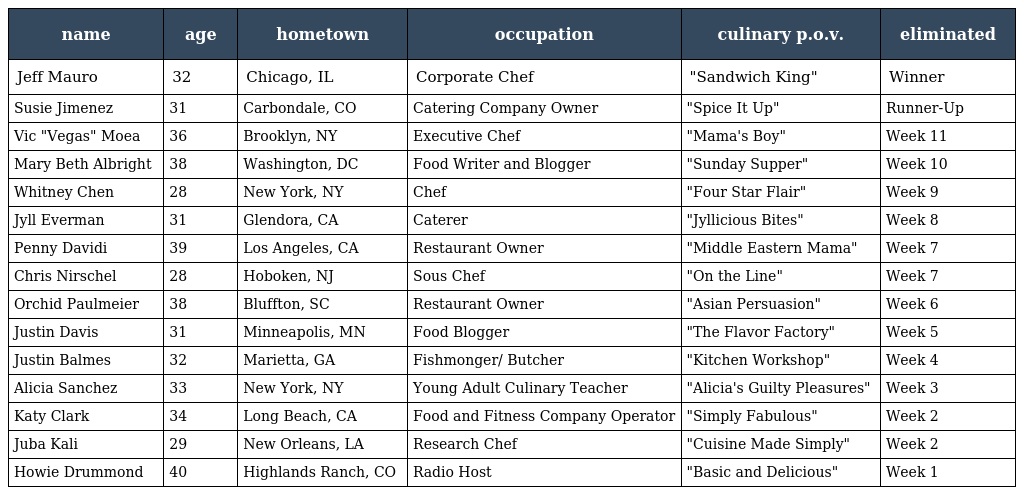
| name | age | hometown | occupation | culinary p.o.v. | eliminated |
 | --- | --- | --- | --- | --- | --- |
 | Jeff Mauro | 32 | Chicago, IL | Corporate Chef | "Sandwich King" | Winner |
 | Susie Jimenez | 31 | Carbondale, CO | Catering Company Owner | "Spice It Up" | Runner-Up |
 | Vic "Vegas" Moea | 36 | Brooklyn, NY | Executive Chef | "Mama's Boy" | Week 11 |
 | Mary Beth Albright | 38 | Washington, DC | Food Writer and Blogger | "Sunday Supper" | Week 10 |
 | Whitney Chen | 28 | New York, NY | Chef | "Four Star Flair" | Week 9 |
 | Jyll Everman | 31 | Glendora, CA | Caterer | "Jyllicious Bites" | Week 8 |
 | Penny Davidi | 39 | Los Angeles, CA | Restaurant Owner | "Middle Eastern Mama" | Week 7 |
 | Chris Nirschel | 28 | Hoboken, NJ | Sous Chef | "On the Line" | Week 7 |
 | Orchid Paulmeier | 38 | Bluffton, SC | Restaurant Owner | "Asian Persuasion" | Week 6 |
 | Justin Davis | 31 | Minneapolis, MN | Food Blogger | "The Flavor Factory" | Week 5 |
 | Justin Balmes | 32 | Marietta, GA | Fishmonger/ Butcher | "Kitchen Workshop" | Week 4 |
 | Alicia Sanchez | 33 | New York, NY | Young Adult Culinary Teacher | "Alicia's Guilty Pleasures" | Week 3 |
 | Katy Clark | 34 | Long Beach, CA | Food and Fitness Company Operator | "Simply Fabulous" | Week 2 |
 | Juba Kali | 29 | New Orleans, LA | Research Chef | "Cuisine Made Simply" | Week 2 |
 | Howie Drummond | 40 | Highlands Ranch, CO | Radio Host | "Basic and Delicious" | Week 1 |